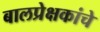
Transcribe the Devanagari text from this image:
बालप्रेक्षकांचे